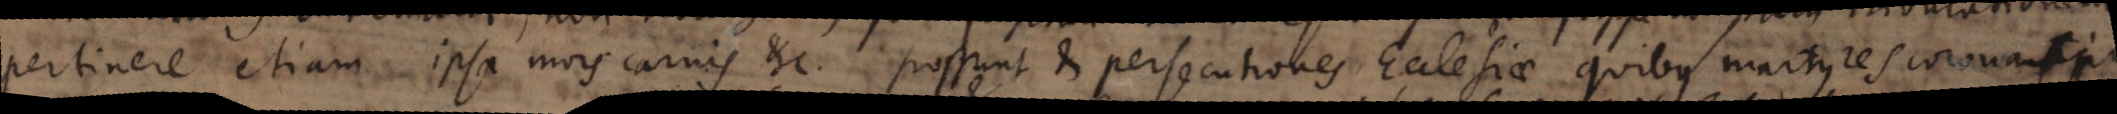
pertinere etiam ipsa mors carnis etc. Possunt et persecutiones Ecclesiae quibus martyres coronati